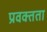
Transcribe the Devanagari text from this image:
प्रवक्तता